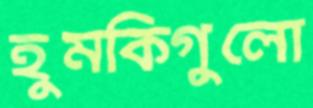
হুমকিগুলো